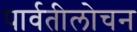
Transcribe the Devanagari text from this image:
पार्वतीलोचन